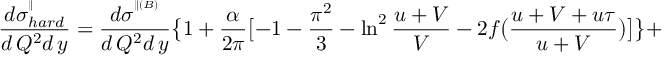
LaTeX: \frac { d \sigma _ { h a r d } ^ { ^ { \parallel } } } { d \, Q ^ { 2 } d \, y } = \frac { d \sigma ^ { ^ { \parallel ( B ) } } } { d \, Q ^ { 2 } d \, y } \bigl \{ 1 + \frac { \alpha } { 2 \pi } \bigl [ - 1 - \frac { \pi ^ { 2 } } { 3 } - \ln ^ { 2 } \frac { u + V } { V } - 2 f \bigl ( \frac { u + V + u \tau } { u + V } \bigr ) \bigr ] \bigr \} +